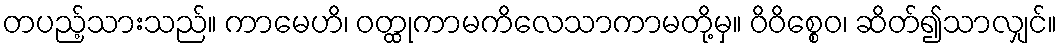
တပည့်သားသည်။ ကာမေဟိ၊ ဝတ္ထုကာမကိလေသာကာမတို့မှ။ ဝိဝိစ္စေဝ၊ ဆိတ်၍သာလျှင်။